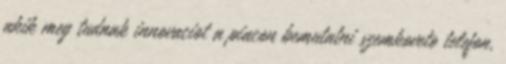
akik meg tudnak innovaciot a piacon bemutatni szemkoveto telefon,